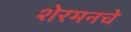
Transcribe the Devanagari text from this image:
शेरमनचे